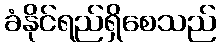
ခံနိုင်ရည်ရှိစေသည်